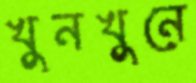
খুনখুনে